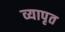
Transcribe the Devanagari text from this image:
व्यापृत